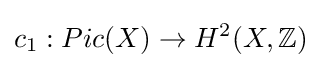
c_{1}:Pic(X)\to H^{2}(X,\mathbb {Z} )